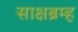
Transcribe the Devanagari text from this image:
साक्षब्रम्ह